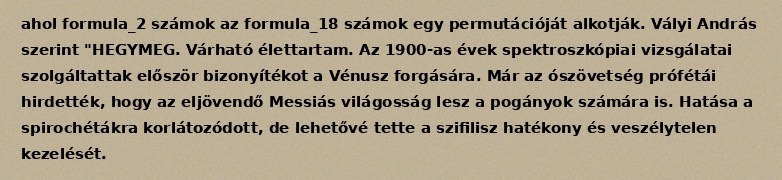
ahol formula_2 számok az formula_18 számok egy permutációját alkotják. Vályi András szerint "HEGYMEG. Várható élettartam. Az 1900-as évek spektroszkópiai vizsgálatai szolgáltattak először bizonyítékot a Vénusz forgására. Már az ószövetség prófétái hirdették, hogy az eljövendő Messiás világosság lesz a pogányok számára is. Hatása a spirochétákra korlátozódott, de lehetővé tette a szifilisz hatékony és veszélytelen kezelését.